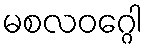
မစလဝဂ္ဂေါ